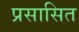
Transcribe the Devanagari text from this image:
प्रसासित